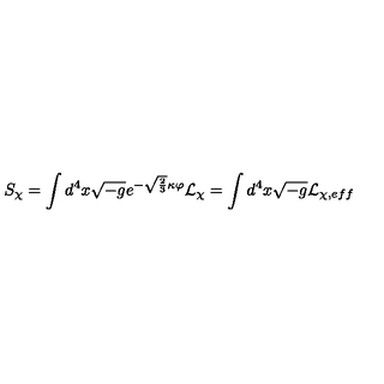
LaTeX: S _ { \chi } = \int d ^ { 4 } x \sqrt { - g } e ^ { - \sqrt { \frac 2 3 } \kappa \varphi } { \cal L } _ { \chi } = \int d ^ { 4 } x \sqrt { - g } { \cal L } _ { \chi , e f f }